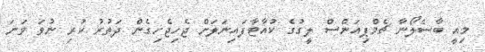
މިއީ ބާސެލޯނާ ޗެމްޕިއަންސް ލީގުގެ ކުއާޓާފައިނަލަށް ޖެހިޖެހިގެން ދަތުރު ކުރި ނުވަ ވަނަ